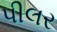
પીલર